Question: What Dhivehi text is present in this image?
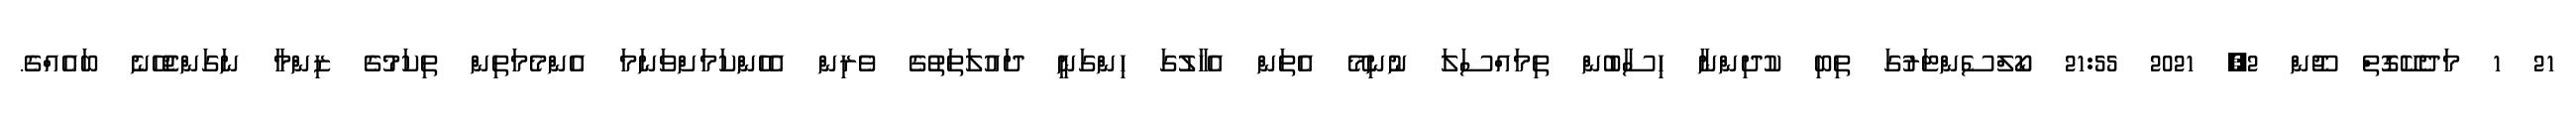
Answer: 21 1 މަދެކޭގޮތް ޖޫން 2, 2021 21:55 ކޯލްސެންޓަރުގަ ތިބި ކުދިންނާ ހިސާބުން ތިމައްސަލަ ނުނިމޭ އެތަން އެހާލުގަ ހިންގަނީ ދައުލަތަތުގެ ވެރިން އެހެންކަމަށްވަނަމަ އެންމެމަތިން ތިކަމުގެ ޒިންމާ ނަގަންޖެހޭނެ ބައެއްގެ.